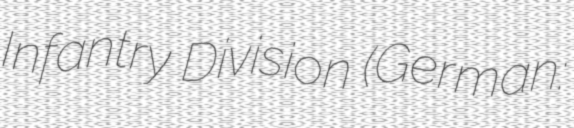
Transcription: Infantry Division (German: